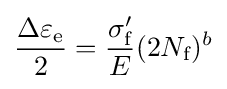
{\Delta \varepsilon _{\text{e}} \over 2}={\frac {\sigma _{\text{f}}^{\prime }}{E}}(2N_{\text{f}})^{b}